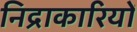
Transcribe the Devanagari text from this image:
निद्राकारियों